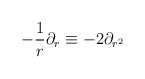
\begin{align*}-\frac{1}{r} \partial_{r} \equiv -2 \partial_{r^{2}}\end{align*}